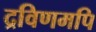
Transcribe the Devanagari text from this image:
द्रविणमपि